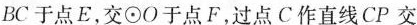
BC于点E，交⊙O于点F，过点C作直线CP交